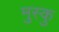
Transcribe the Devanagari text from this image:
मुस्कु